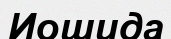
Иошида